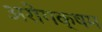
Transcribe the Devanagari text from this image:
अरोगक्षम